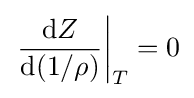
\left.{\frac {\mathrm {d} Z}{\mathrm {d} (1/\rho )}}\right|_{T}=0